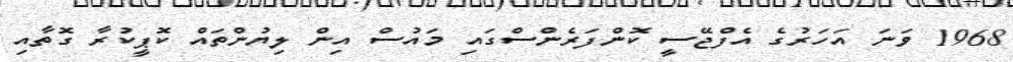
1968 ވަނަ އަހަރުގެ އެފްޖޭސީ ކޮންފަރެންސްގައި މައުސް އިން ލިޔުންތައް ކޮޕީކުރާ ގޮތާއި